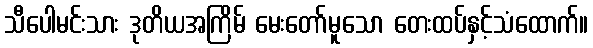
သီပေါမင်းသား ဒုတိယအကြိမ် မေးတော်မူသော တေးထပ်နှင့်သံထောက်။